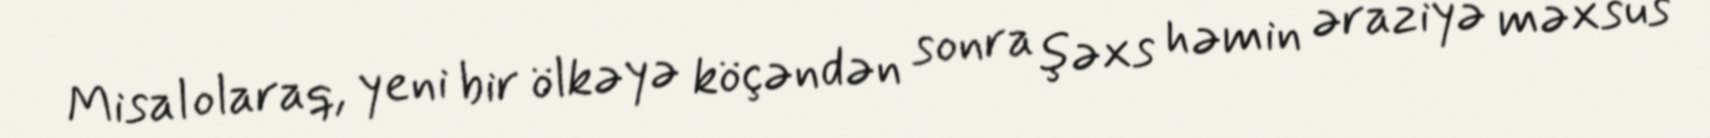
Misal olaraq, yeni bir ölkəyə köçəndən sonra şəxs həmin əraziyə məxsus